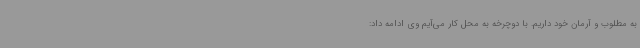
به مطلوب و آرمان خود داریم. با دوچرخه به محل کار می‌آیم وی ادامه داد: